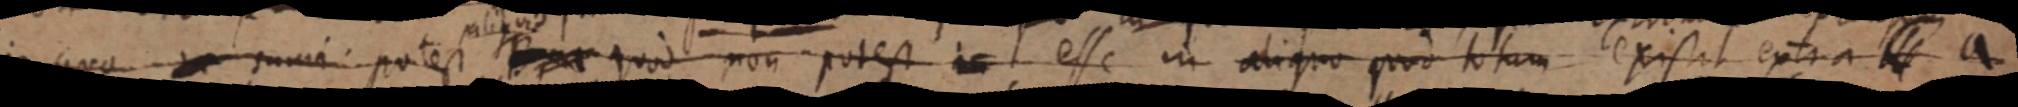
in quo _ sumi potest _ quod non potest _ esse in aliquo quod totum existit extra _ a